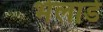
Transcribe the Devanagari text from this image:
भेलाडे